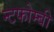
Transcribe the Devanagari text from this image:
न्टफोम्बी